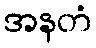
အနတံ